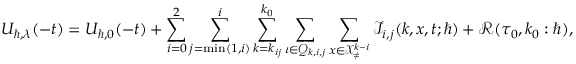
U _ { \hbar , \lambda } ( - t ) = U _ { \hbar , 0 } ( - t ) + \sum _ { i = 0 } ^ { 2 } \sum _ { j = \operatorname* { m i n } ( 1 , i ) } ^ { i } \sum _ { k = k _ { i j } } ^ { k _ { 0 } } \sum _ { \iota \in \mathcal { Q } _ { k , i , j } } \sum _ { \boldsymbol { x } \in \mathcal { X } _ { \neq } ^ { k - i } } \mathcal { I } _ { i , j } ( k , \boldsymbol { x } , t ; \hbar ) + \mathcal { R } ( \tau _ { 0 } , k _ { 0 } : \hbar ) ,